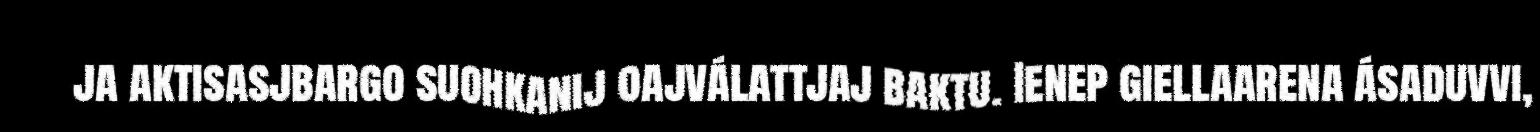
ja aktisasjbargo suohkanij oajválattjaj baktu. Ienep giellaarena ásaduvvi,